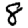
Digit: 8